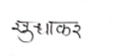
मजकूर: सुधाकर